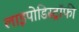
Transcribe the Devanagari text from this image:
लाइपोडिस्ट्रॉफी